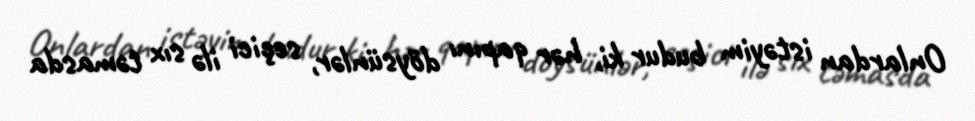
Onlardan istəyim budur ki, hər qapını döysünlər, seçici ilə sıx təmasda